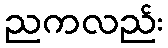
ညကလည်း